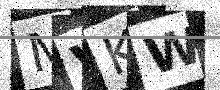
Text: MVKW